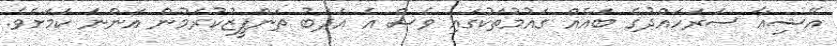
އޭޝިއާ ސަރަހައްދުގެ ބައެއް ގައުމުތަކުގައި ވެސް އެ އަދަބު ތަންފީޒުކުރަމުން އަންނަ ކަމަށެވެ.